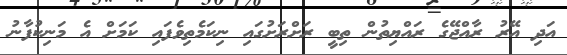
އަދި އޭރު ރާއްޖޭގެ ރައްޔިތުން ތިބީ ރަށްރަށުގައި ނިކަމެތިވެފައި ކަމަށް އެ މަނިކުފާނު